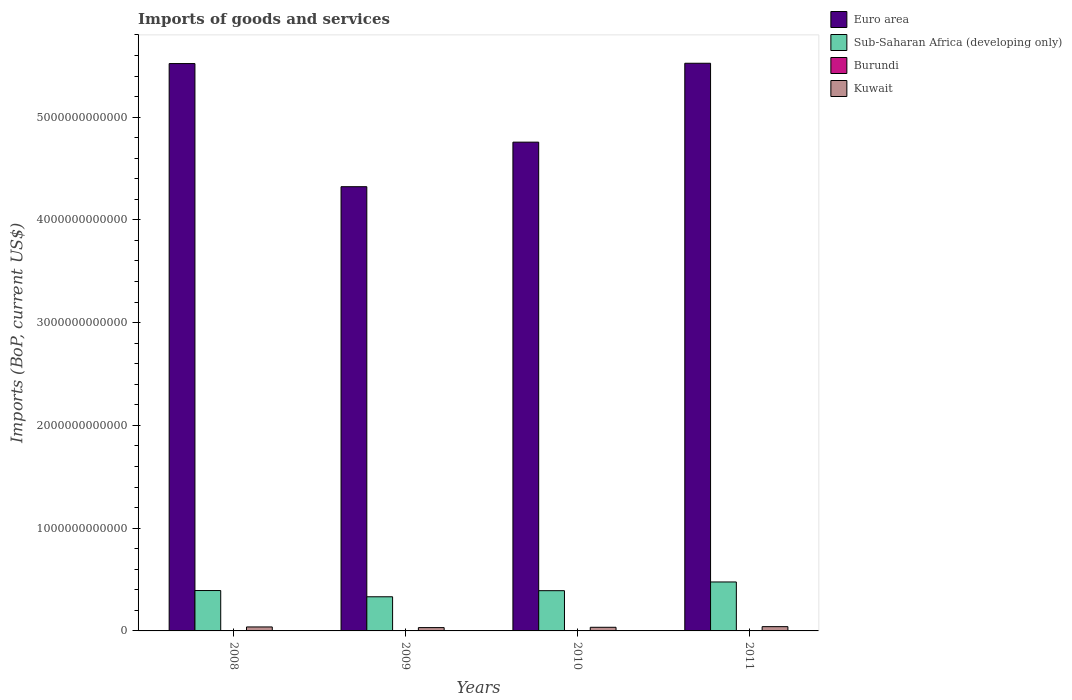
| Years | Euro area | Sub-Saharan Africa (developing only) | Burundi | Kuwait |
 | --- | --- | --- | --- | --- |
 | 2008 | 5.52e+12 | 3.93e+11 | 5.94e+08 | 3.87e+10 |
 | 2009 | 4.32e+12 | 3.32e+11 | 5.2e+08 | 3.23e+10 |
 | 2010 | 4.76e+12 | 3.92e+11 | 6.07e+08 | 3.54e+10 |
 | 2011 | 5.52e+12 | 4.76e+11 | 7.65e+08 | 4.16e+10 |